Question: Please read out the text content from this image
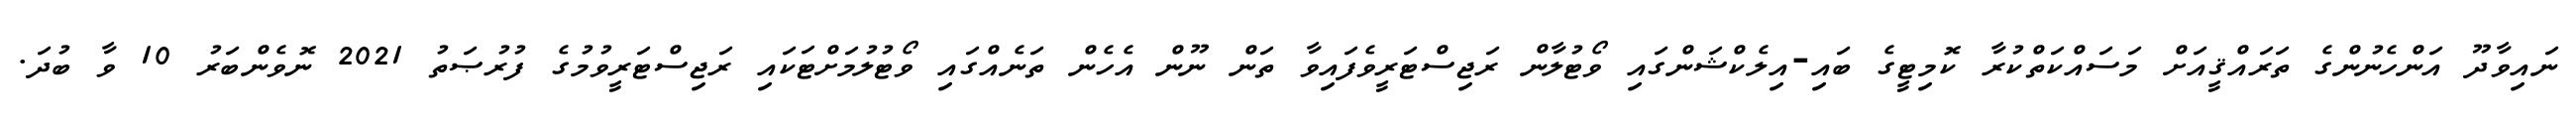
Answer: ނައިވާދޫ އަންހެނުންގެ ތަރައްޤީއަށް މަސައްކަތްކުރާ ކޮމިޓީގެ ބައި-އިލެކްޝަންގައި ވޯޓުލާން ރަޖިސްޓަރީވެފައިވާ ތަން ނޫން އެހެން ތަނެއްގައި ވޯޓުލުމަށްޓަކައި ރަޖިސްޓަރީވުމުގެ ފުރުޞަތު 2021 ނޮވެންބަރު 10 ވާ ބުދަ.